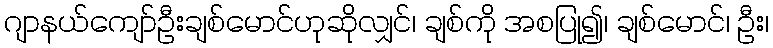
ဂျာနယ်ကျော်ဦးချစ်မောင်ဟုဆိုလျှင်၊ ချစ်ကို အစပြု၍၊ ချစ်မောင်၊ ဦး၊